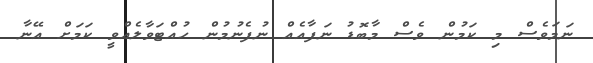
ނަމަވެސް މި ކަމުން ވެސް މާބޮޑު ނަފާއެއް ނުފެނުމުން ހުއްޓަވާލެއްވީ ކަމަށް އޭނާ